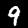
Digit: 9